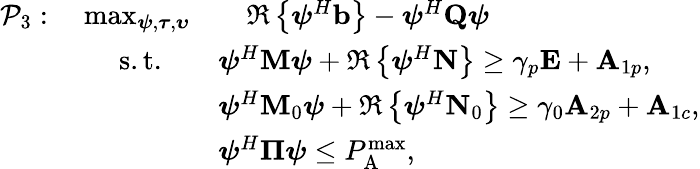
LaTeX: \begin{array}{rl}{\mathcal{P}_{3}:\quad\operatorname*{max}_{\boldsymbol{\psi},\boldsymbol{\tau},\boldsymbol{\upsilon}}}&{\quad\Re\left\{ \boldsymbol{\psi}^{{H}}\mathbf{b}\right\} -\boldsymbol{\psi}^{{H}}\mathbf{Q}\boldsymbol{\psi}}\\ {\mathrm{s.t.}\quad}&{\boldsymbol{\psi}^{{H}}\mathbf{M}\boldsymbol{\psi}+\Re\left\{ \boldsymbol{\psi}^{{H}}\mathbf{N}\right\} \geq\gamma_{p}\mathbf{E}+\mathbf{A}_{1p},}\\ &{\boldsymbol{\psi}^{{H}}\mathbf{M}_{0}\boldsymbol{\psi}+\Re\left\{ \boldsymbol{\psi}^{{H}}\mathbf{N}_{0}\right\} \geq\gamma_{0}\mathbf{A}_{2p}+\mathbf{A}_{1c},}\\ &{\boldsymbol{\psi}^{{H}}\boldsymbol{\Pi}\boldsymbol{\psi}\leq P_{\mathrm{A}}^{\operatorname*{max}},}\end{array}